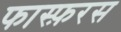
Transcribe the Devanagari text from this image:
फास्फ़रस